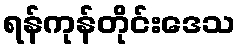
ရန်ကုန်တိုင်းဒေသ